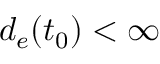
d _ { e } ( t _ { 0 } ) < \infty